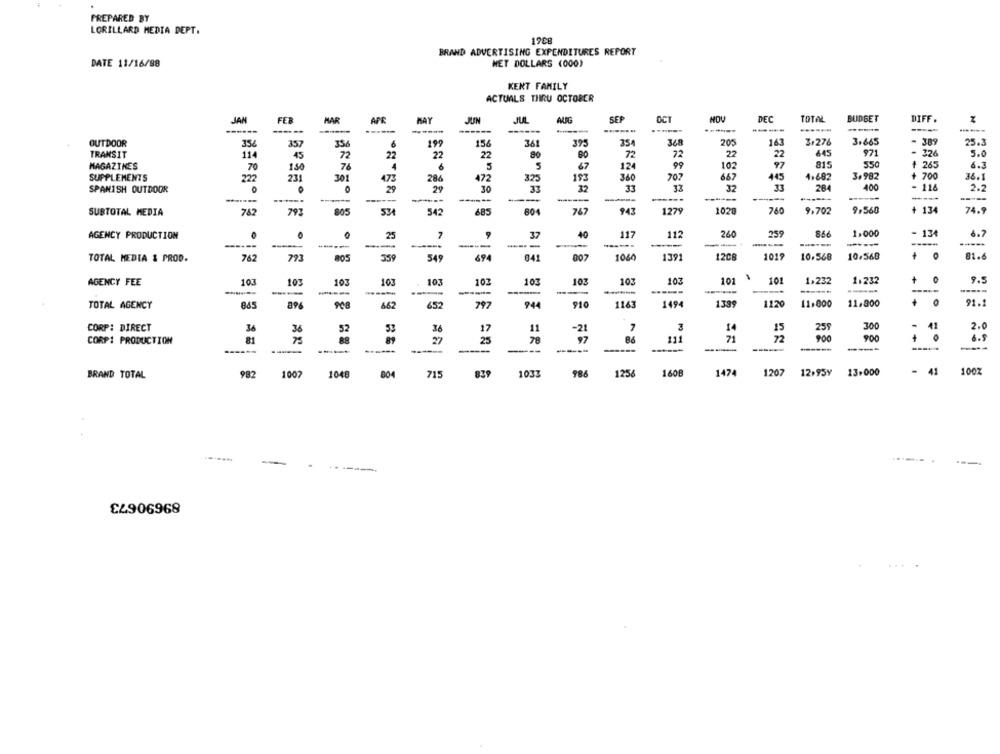
PREPARED BY
LORILLARD MEDIA DEPT.
12Ce
BRAND ADVERTISING EXPENDITURES REPORT
DATE 11/16/88
MET DOLLARS (000)
KENT FAMILY
ACTUALS THRU OCTOBER
JAN
FER
HAR
APR
MAY
JUIN
JUL
ALIG
SEP
OCT
DEC
TOTAL
BUDGET
DIFF .
------
------
-------.
------
OUTDOOR
354
357
35
6
199
156
361
375
35.
368
205
163
31276
3.665
389
25.3
971
.
TRANSIT
114
45
72
22
22
22
72
22
22
326
5.0
MAGAZINES
7
150
76
5
47
124
99
102
97
815
550
+ 265
6.3
+ 700
SUPPLEMENTS
222
231
301
473
286
472
32:
193
360
707
667
445
4.682
3.982
36.1
SPANISH OUTDOOR
29
29
30
32
33
32
284
400
- 116
2.2
-
------
------
------
---
SUBTOTAL MEDIA
782
805
542
685
804
767
943
1279
1020
760
9.702
9,560
+ 134
74.9
534
25
7
37
40
117
112
260
259
846
1.000
- 13
6.7
AGENCY PRODUCTION
9
-----
------
-----
----
--
762
793
359
007
1060
1391
1208
1019
10.568
10.568
81.6
TOTAL MEDIA & PROD.
549
694
041
101
1,232
1.232
+
0
9.5
AGENCY FEE
103
103
103
103
103
103
107
10%
10
103
101
-----
------
-----
11.800
91.1
TOTAL AGENCY
865
462
652
797
944
91
1163
1494
1339
1120
11.000
300
CORP: DIRECT
36
3
52
3
17
11
-21
3
15
259
2.0
81
27
25
97
111
71
72
900
4
0
6.9
CORPI PRODUCTION
-----
------
------
------
-------
----
------
------
-----
----
BRAND TOTAL
982
1007
1048
004
715
839
1033
98.6
1256
1608
1474
1207
12.95y
13.000
41
100Z
89690673